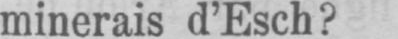
minerais d’Esch?